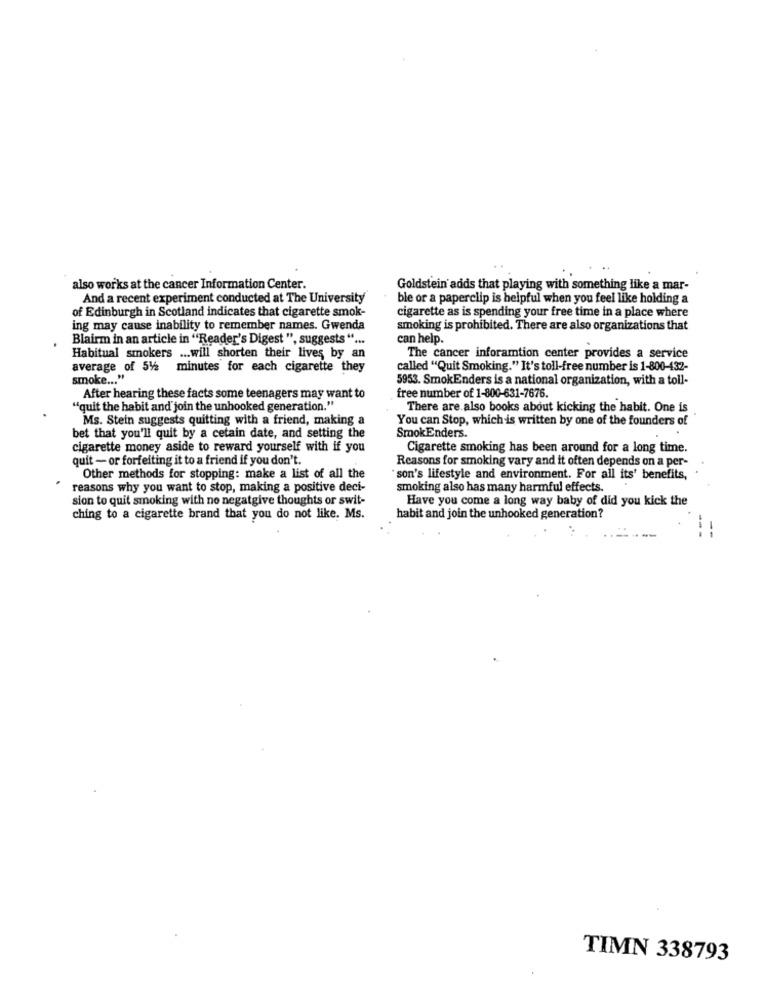
also works at the cancer Information Center.
Goldstein adds that playing with something like a mar-
And a recent experiment conducted at The University
ble or a paperclip is helpful when you feel like holding a
of Edinburgh in Scotland indicates that cigarette smok-
cigarette as is spending your free time in a place where
ing may cause inability to remember names. Gwenda
smoking is prohibited. There are also organizations that
Blairm in an article in "Reader's Digest ", suggests " ...
can help.
Habitual smokers ... will shorten their lives by an
The cancer inforamtion center provides a service
average of 512 minutes for each cigarette they
called "Quit Smoking." It's toll-free number is 1-800-432-
smoke ... "
5953. SmokEnders is a national organization, with a toll-
free number of 1-800-631-7676.
After hearing these facts some teenagers may want to
"quit the habit and join the unhooked generation."
There are also books about kicking the habit. One is
Ms. Stein suggests quitting with a friend, making a
You can Stop, which is written by one of the founders of
bet that you'll quit by a cetain date, and setting the
SmokEnders.
cigarette money aside to reward yourself with if you
Cigarette smoking has been around for a long time.
quit - or forfeiting it to a friend if you don't.
Reasons for smoking vary and it often depends on a per-
Other methods for stopping: make a list of all the
son's lifestyle and environment. For all its' benefits,
reasons why you want to stop, making a positive deci-
smoking also has many harmful effects.
sion to quit smoking with no negatgive thoughts or swit-
Have you come a long way baby of did you kick the
ching to a cigarette brand that you do not like. Ms.
habit and join the unhooked generation?
TIMN 338793